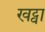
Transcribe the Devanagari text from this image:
खट्वा